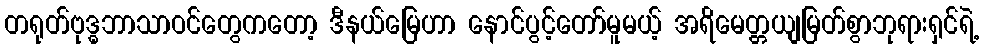
တရုတ်ဗုဒ္ဓဘာသာဝင်တွေကတော့ ဒီနယ်မြေဟာ နောင်ပွင့်တော်မူမယ့် အရိမေတ္တယျမြတ်စွာဘုရားရှင်ရဲ့